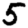
Digit: 5